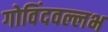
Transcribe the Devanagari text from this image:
गोविंदवल्लभ